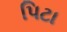
પિટા